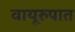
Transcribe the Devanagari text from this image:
वायूरुपात